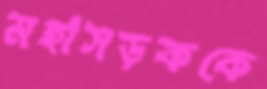
মহাসড়ককে